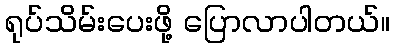
ရုပ်သိမ်းပေးဖို့ ပြောလာပါတယ်။